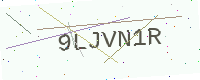
Text: 9LJVN1R